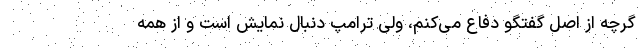
گرچه از اصل گفتگو دفاع می‌کنم، ولی ترامپ دنبال نمایش است و از همه